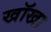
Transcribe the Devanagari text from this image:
खॉखा